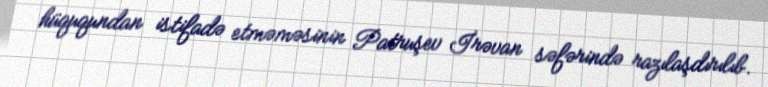
hüququndan istifadə etməməsinin Patruşev İrəvan səfərində razılaşdırılıb.